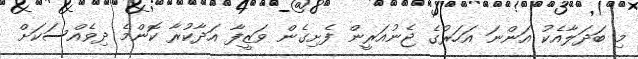
މި ބަދަލާއެކު އަންނަ އަހަރުގެ ޖެނުއަރީން ފެށިގެން ވަޒީފާ އަދާކުރާ ކޮންމެ ދިވެއްސަކަށް